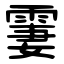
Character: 霋